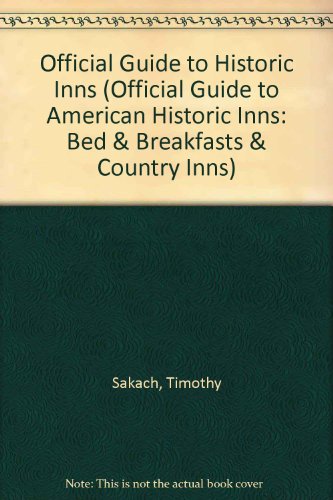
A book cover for Official Guide to Historic Inns (Official Guide to American Historic Inns: Bed & Breakfasts & Country Inns); Timothy Sakach; Travel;